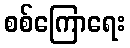
စစ်ကြောရေး